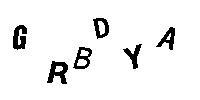
GRBDYA